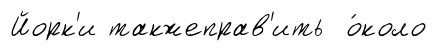
Йорк'и такжеправ'ить о́коло